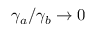
\gamma _ { a } / \gamma _ { b } \rightarrow 0